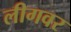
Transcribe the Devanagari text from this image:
लीगवर